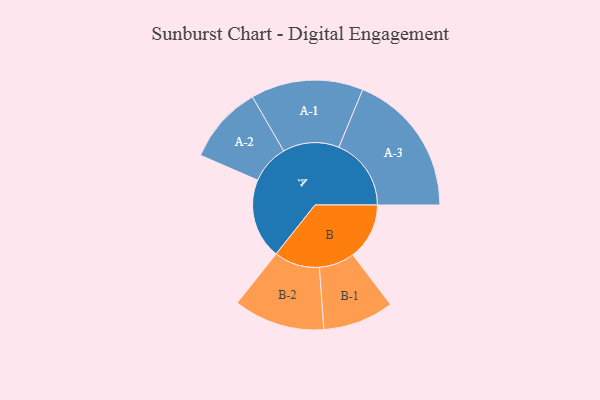
{"axis": {"x": "Segment", "y": "Value"}, "legend": ["", "A", "B"], "data": [{"x": "A", "y": 294, "type": ""}, {"x": "B", "y": 207, "type": ""}, {"x": "A-1", "y": 206, "type": "A"}, {"x": "A-2", "y": 143, "type": "A"}, {"x": "A-3", "y": 265, "type": "A"}, {"x": "B-1", "y": 130, "type": "B"}, {"x": "B-2", "y": 167, "type": "B"}]}